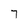
Character: 7